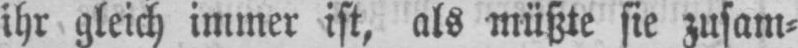
ihr gleich immer ist, als müßte sie zusam⸗